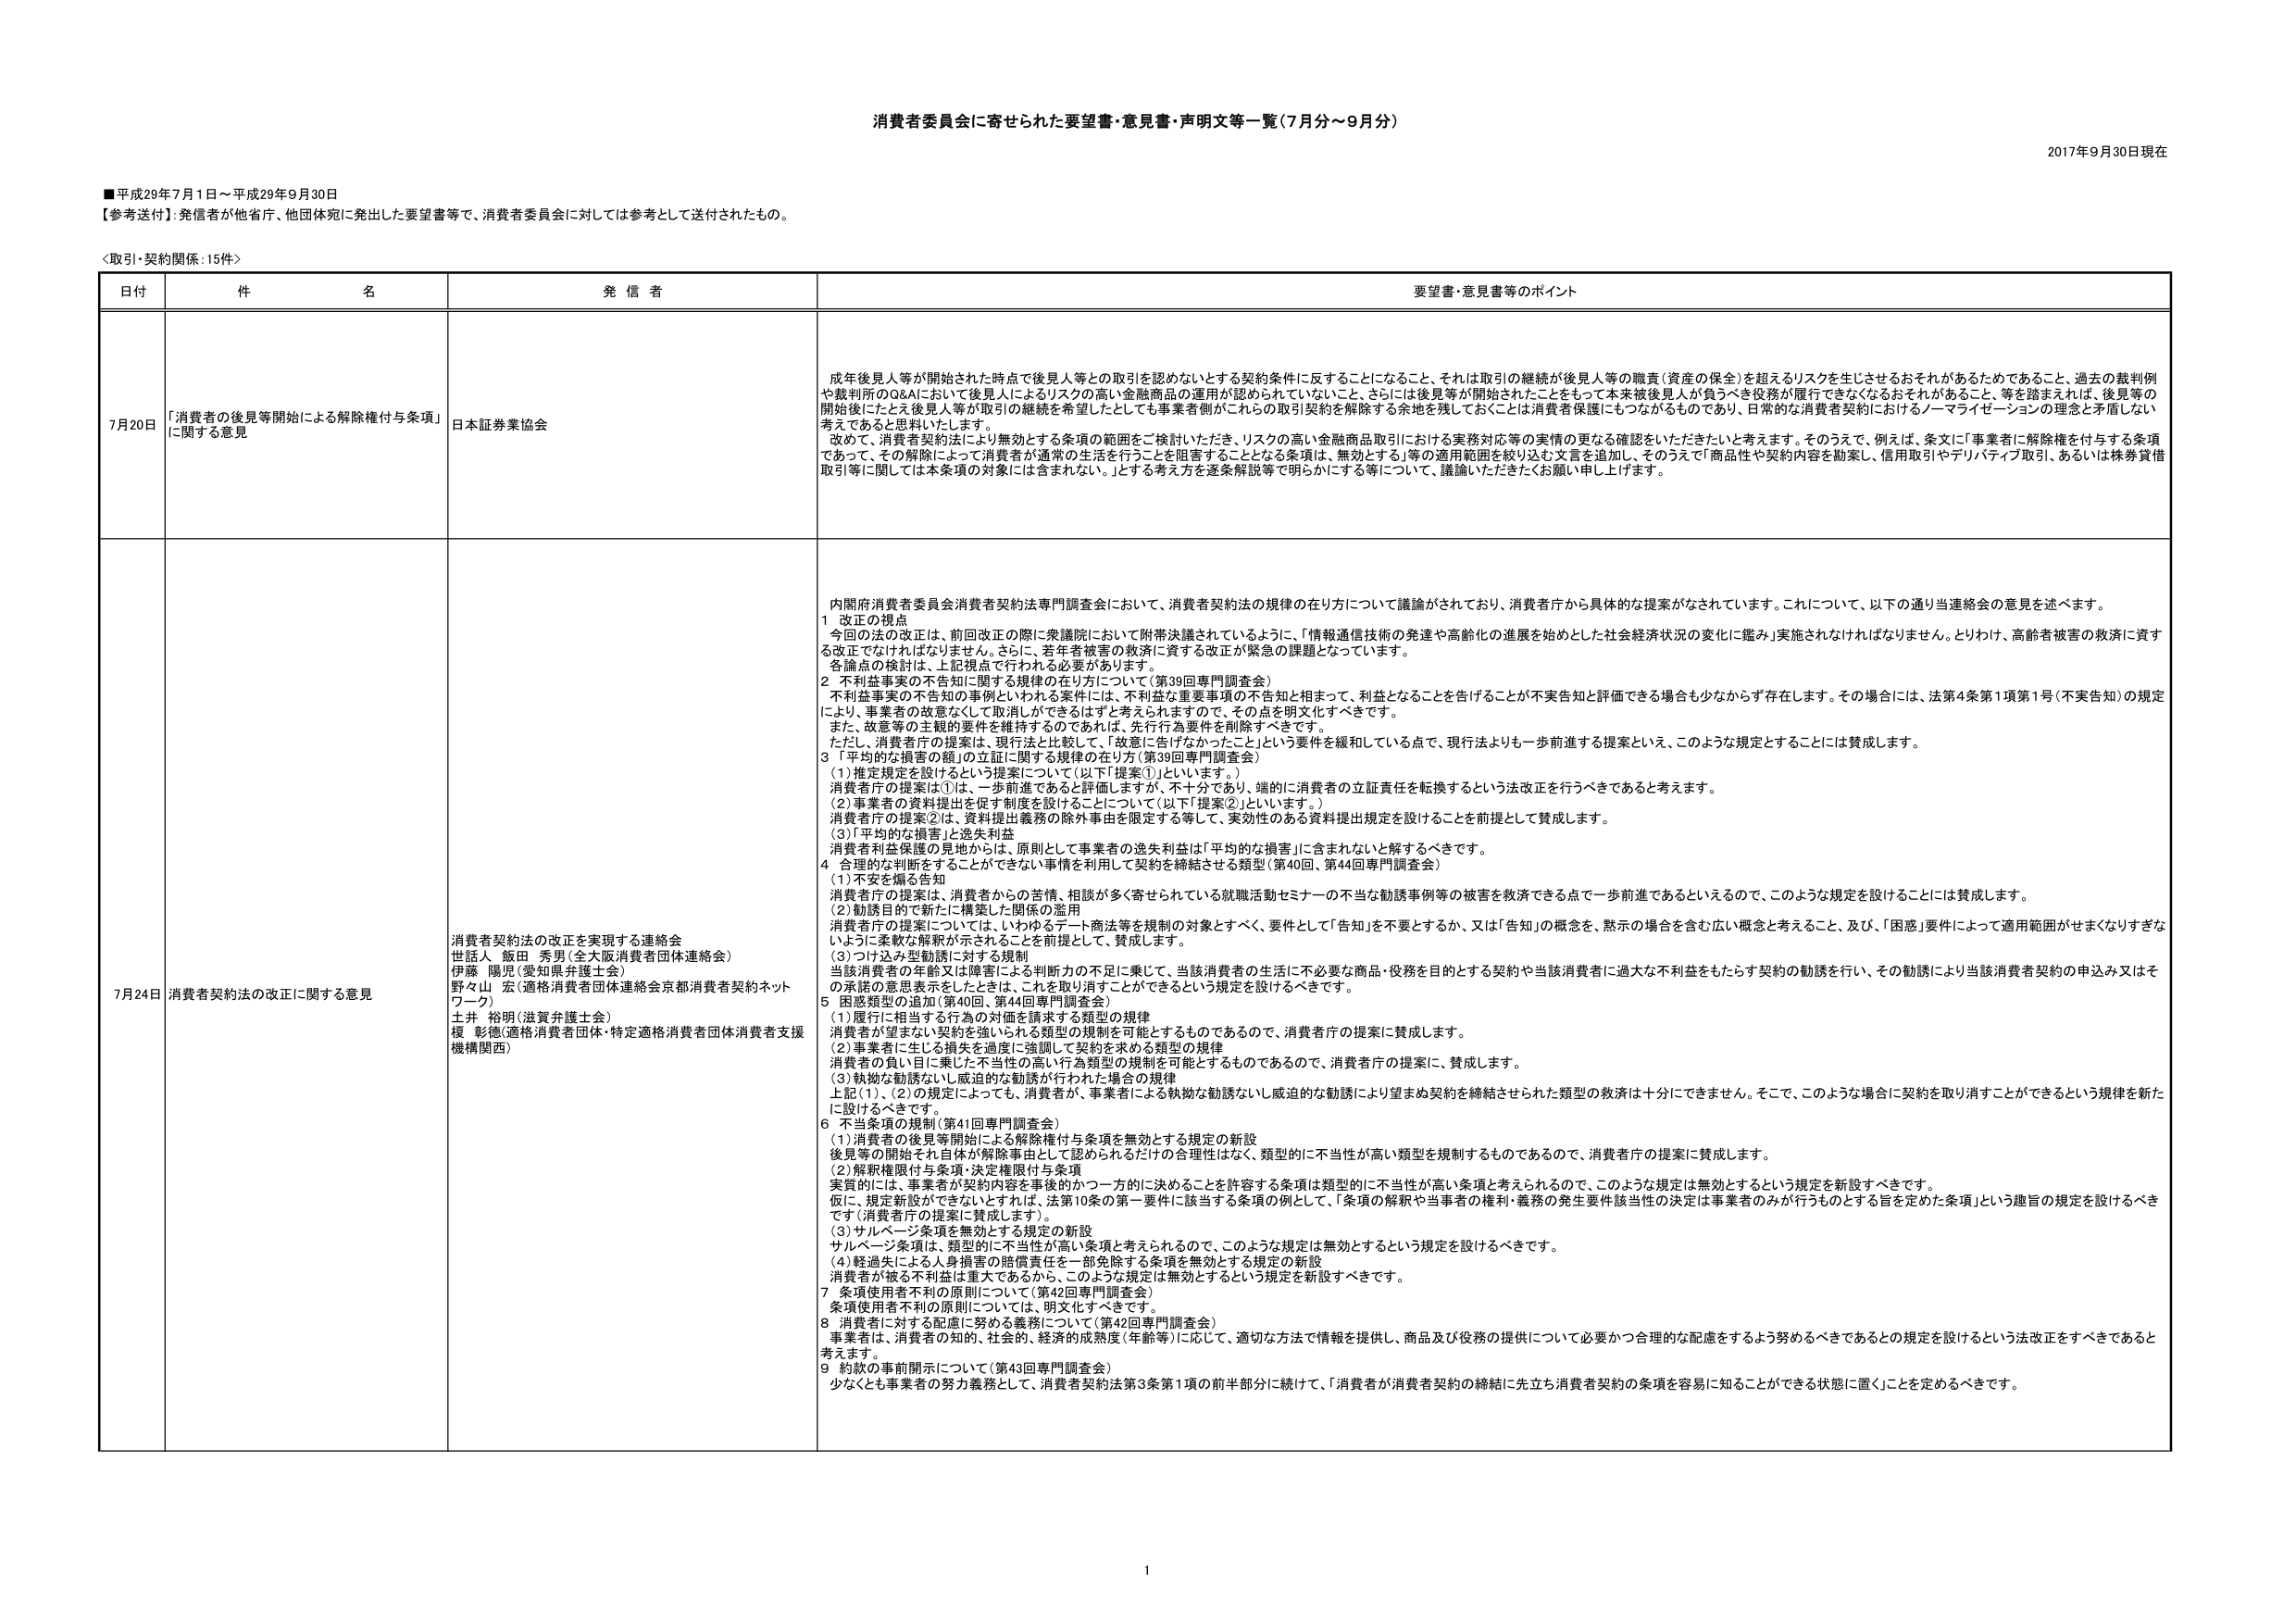
消費者委員会に寄せられた要望書・意見書・声明文等一覧（7月分～9月分）

2017年9月30日現在

■平成29年7月1日～平成29年9月30日
【参考送付】：発信者が他省庁、他団体宛に発出した要望書等で、消費者委員会に対しては参考として送付されたもの。

＜取引・契約関係：15件＞

| 日付 | 件名 | 発信者 | 要望書・意見書等のポイント |
|------|------|--------|-----------------------------|
| 7月20日 | 「消費者の後見等開始による解除権付与条項」に関する意見 | 日本証券業協会 | 成年後見人等が開始された時点で後見人等との取引を認めないとする契約条件に反することになること、それは取引の継続が後見人等の職責（資産の保全）を超えるリスクを生じさせるおそれがあるためであること、過去の裁判例や裁判所のQ&Aにおいて後見人によるリスクの高い金融商品の運用が認められていないこと、さらには後見等が開始されたことをもって本来被後見人が負うべき役務が履行できなくなるおそれがあること、等を踏まえれば、後見等の開始後にもっとも後見人等が取引の継続を希望したとしても事業者側がこれらの取引契約を解除する余地を残しておくことは消費者保護にもつながるものであり、日常的な消費者契約におけるノーマライゼーションの理念と矛盾しないと考えてあると思われいたします。<br>改めて、消費者契約法により無効とする条項の範囲をご検討いただき、リスクの高い金融商品取引における実務対応等の実情の更なる確認をいただきたいと考えます。そのうえで、例えば、条文に「事業者に解除権を付与する条項であって、その解除によって消費者が通常の生活を行うことを阻害することとなる条項は、無効とする」等の適用範囲を絞り込む文言を追加し、そのうえで「商品性や契約内容を勘案し、信用取引やデリバティブ取引、あるいは株券貸借取引等に関しては本条項の対象には含まれない。」とする考え方を逐条解説等で明らかにする等について、議論いただきたいお願い申し上げます。 |
| 7月24日 | 消費者契約法の改正に関する意見 | 消費者契約法の改正を実現する連絡会<br>世話人 飯田 秀男（全大阪消費者団体連絡会）<br>伊藤 陽児（愛知県弁護士会）<br>野々山 宏（適格消費者団体連絡会京都消費者契約ネットワーク）<br>土井 裕明（滋賀弁護士会）<br>榎 彰徳（適格消費者団体・特定適格消費者団体消費者支援機構関西） | 内閣府消費者委員会消費者契約法専門調査会において、消費者契約法の規律の在り方について議論がされており、消費者庁から具体的な提案がなされています。これについて、以下の通り当連絡会の意見を述べます。<br>1　改正の視点<br>今回の法の改正は、前回改正の際に衆議院において附帯決議されているように、「情報通信技術の発達や高齢化の進展を始めとした社会経済状況の変化に鑑み」実施されなければならないなりません。とりわけ、高齢者被害の救済に資する改正でなければなりません。さらに、若年者被害の救済に資する改正が緊急の課題となっています。<br>各論点の検討は、上記視点で行われる必要があります。<br>2　不利益事実の不告知に関する規律の在り方について（第39回専門調査会）<br>不利益事実の不告知の事例といわれる案件には、不利益な重要事項の不告知と相まって、利益となることを告げることが不実告知と評価できる場合も少なからず存在します。その場合には、法第4条第1項第1号（不実告知）の規定により、事業者の故意なくして取消しができるはずと考えられますので、その点を明文化すべきです。<br>また、故意等の主観的要件を維持するのであれば、先行行為要件を削除すべきです。<br>ただし、消費者庁の提案は、現行法と比較して、「故意に告げなかったこと」という要件を緩和している点で、現行法よりも一歩前進する提案といえ、このような規定とすることには賛成します。<br>3　「平均的な損害」の立証に関する規律の在り方（第39回専門調査会）<br>（1）推定規定を設けるという提案について（以下「提案①」といいます。）<br>消費者庁の提案は①は、一歩前進であると評価しますが、不十分であり、端的に消費者の立証責任を転換するという法改正を行うべきであると考えます。<br>（2）事業者の資料提出を促す制度を設けることについて（以下「提案②」といいます。）<br>消費者庁の提案②は、資料提出義務の除外事由を限定する等して、実効性のある資料提出規定を設けることを前提として賛成します。<br>（3）「平均的な損害」と逸失利益<br>消費者利益保護の見地からは、原則として事業者の逸失利益は「平均的な損害」に含まれないと解するべきです。<br>4　合理的な判断をすることができない事情を利用して契約を締結させる類型（第40回、第44回専門調査会）<br>（1）不安を煽る告知<br>消費者庁の提案は、消費者からの苦情、相談が多く寄せられている就職活動セミナーの不当な勧誘事例等の被害を救済できる点で一歩前進であるといえるので、このような規定を設けることには賛成します。<br>（2）勧誘目的で新たに構築した関係の濫用<br>消費者庁の提案については、いわゆるデート商法等を規制の対象とすべく、要件として「告知」を不要とするか、又は「告知」の概念を、黙示の場合を含む広い概念と考えること、及び、「困惑」要件によって適用範囲がせまくなりすぎないようにならぬ解釈が示されることを前提として、賛成します。<br>（3）つけ込み型勧誘に対する規制<br>当該消費者の年齢又は障害による判断力の不足に鑑じて、当該消費者の生活に不必要な商品・役務を目的とする契約や当該消費者に過大な不利益をもたらす契約の勧誘を行い、その勧誘により当該消費者契約の申込み又はその承諾の意思表示をしたときは、これを取り消すことができるという規定を設けるべきです。<br>5　困惑類型の追加（第40回、第44回専門調査会）<br>（1）履行に相当する行為の対価を請求する類型の規律<br>消費者が望まない契約を強いられる類型の規制を可能とするものであるので、消費者庁の提案に賛成します。<br>（2）事業者に生じる損失を過度に強調して契約を求める類型の規律<br>消費者の負い目に集じた不当性の高い行為類型の規制を可能とするものであるので、消費者庁の提案に、賛成します。<br>（3）執拗な勧誘ないし威迫的な勧誘が行われた場合の規律<br>上記（1）、（2）の規定によっても、消費者が、事業者による執拗な勧誘ないし威迫的な勧誘により望まぬ契約を締結させられた類型の救済は十分にできません。そこで、このような場合に契約を取り消すことができるという規律を新たに設けるべきです。<br>6　不当条項の規制（第41回専門調査会）<br>（1）消費者の後見等開始による解除権付与条項を無効とする規定の新設<br>後見等の開始それ自体が解除事由として認められるだけの合理性はなく、類型的に不当性が高い類型を規制するものであるので、消費者庁の提案に賛成します。<br>（2）解釈権限付与条項・決定権限付与条項<br>実質的には、事業者が契約内容を事後的にかつ一方的に決めることを許容する条項は類型的に不当性が高い条項と考えられるので、このような規定は無効とするという規定を新設すべきです。<br>仮に、規定新設ができないとすれば、法第10条の第一要件に該当する条項の例として、「条項の解釈や当事者の権利・義務の発生要件該当性の決定は事業者のみが行うものとする旨を定めた条項」という趣旨の規定を設けるべきです（消費者庁の提案に賛成します）。<br>（3）サルベージ条項を無効とする規定の新設<br>サルベージ条項は、類型的に不当性が高い条項と考えられるので、このような規定は無効とするという規定を設けるべきです。<br>（4）軽過失による人身損害の賠償責任を一部免除とする条項を無効とする規定の新設<br>消費者が被る不利益は重大であるから、このような規定は無効とするという規定を新設すべきです。<br>7　条項使用者不利の原則について（第42回専門調査会）<br>条項使用者不利の原則については、明文化すべきです。<br>8　消費者に対する配慮に努める義務について（第42回専門調査会）<br>事業者は、消費者の知的、社会的、経済的成熟度（年齢等）に応じて、適切な方法で情報を提供し、商品及び役務の提供について必要かつ合理的な配慮をするよう努めるべきであるとの規定を設けるという法改正をすべきであると考えます。<br>9　約款の事前開示について（第43回専門調査会）<br>少なくとも事業者の努力義務として、消費者契約法第3条第1項の前半部分に続けて、「消費者が消費者契約の締結に先立ち消費者契約の条項を容易に知ることができる状態に置く」ことを定めるべきです。 |

1